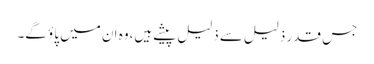
جس قدر ذلیل سے ذلیل پیشے ہیں،وہ ان میں پاؤ گے۔